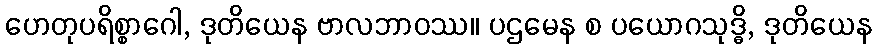
ဟေတုပရိစ္စာဂေါ, ဒုတိယေန ဗာလဘာဝဿ။ ပဌမေန စ ပယောဂသုဒ္ဓိ, ဒုတိယေန